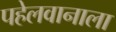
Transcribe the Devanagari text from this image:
पहेलवानाला